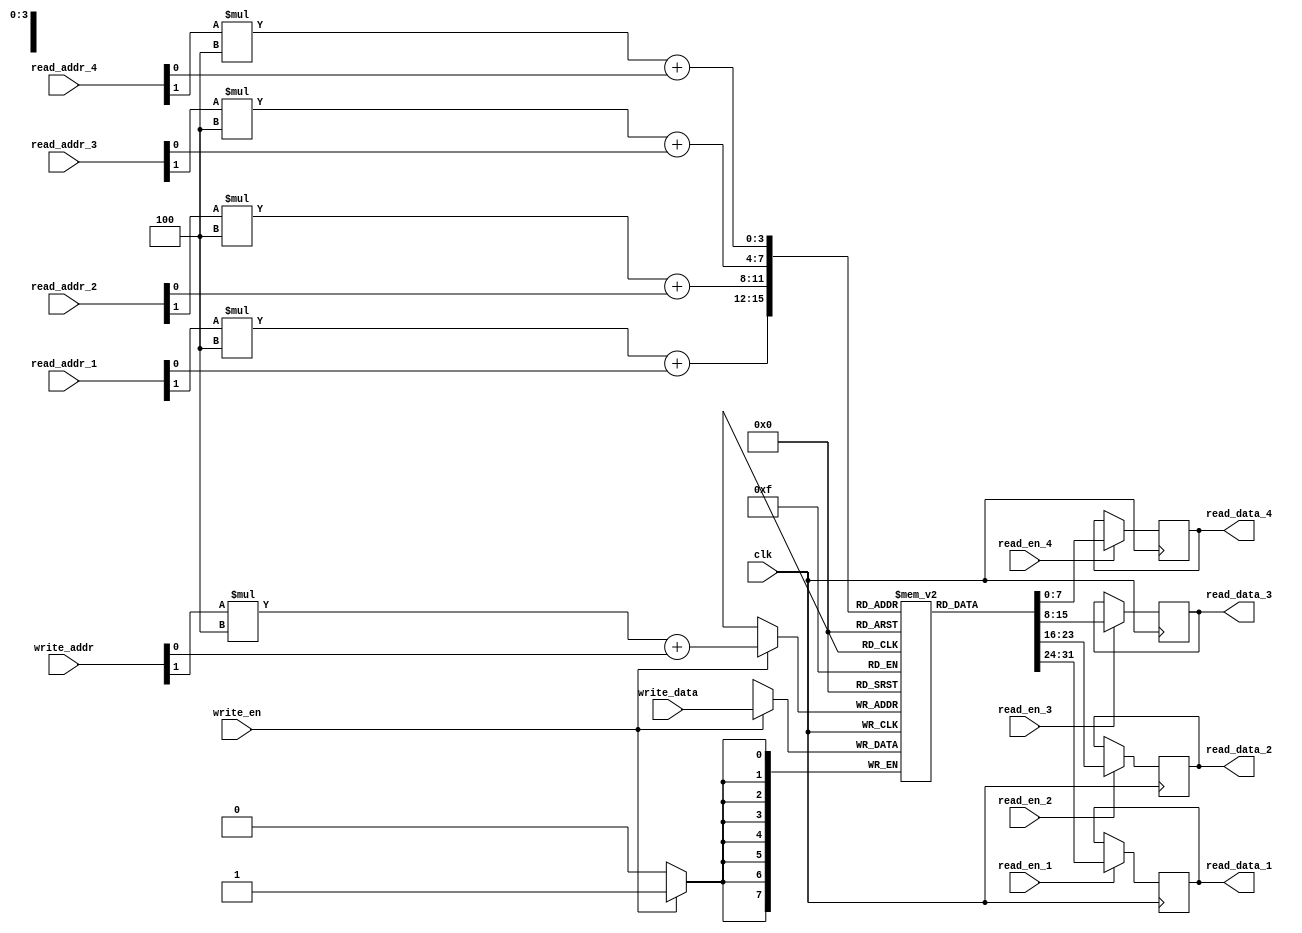
module register_file(
    input wire clk,
    input wire [7:0] write_data,
    input wire [1:0] write_addr,
    input wire [1:0] read_addr_1,
    input wire [1:0] read_addr_2,
    input wire [1:0] read_addr_3,
    input wire [1:0] read_addr_4,
    input wire write_en,
    input wire read_en_1,
    input wire read_en_2,
    input wire read_en_3,
    input wire read_en_4,
    output reg [7:0] read_data_1,
    output reg [7:0] read_data_2,
    output reg [7:0] read_data_3,
    output reg [7:0] read_data_4
);

reg [7:0] mem [3:0][3:0];

always @(posedge clk) begin
    if(write_en) begin
        mem[write_addr[1]][write_addr[0]] <= write_data;
    end
    
    if(read_en_1) begin
        read_data_1 <= mem[read_addr_1[1]][read_addr_1[0]];
    end
    if(read_en_2) begin
        read_data_2 <= mem[read_addr_2[1]][read_addr_2[0]];
    end
    if(read_en_3) begin
        read_data_3 <= mem[read_addr_3[1]][read_addr_3[0]];
    end
    if(read_en_4) begin
        read_data_4 <= mem[read_addr_4[1]][read_addr_4[0]];
    end
end

endmodule